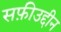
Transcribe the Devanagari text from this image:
सफ़ीउद्दीन